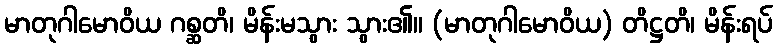
မာတုဂါမောဝိယ ဂစ္ဆတိ၊ မိန်းမသွား သွား၏။ (မာတုဂါမောဝိယ) တိဋ္ဌတိ၊ မိန်းရပ်